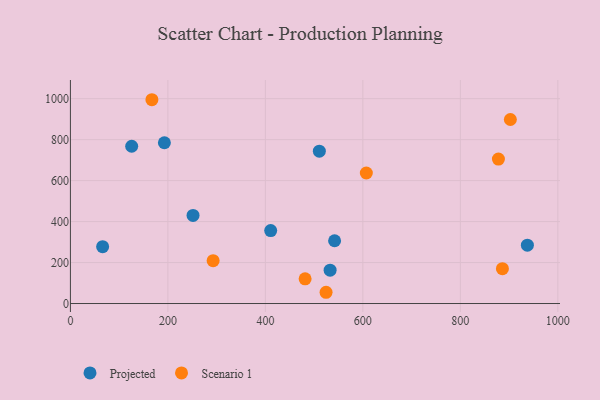
{"axis": {"x": "Investment", "y": "Yield"}, "legend": ["Projected", "Scenario 1"], "data": [{"x": "542.0", "y": 306.4, "type": "Projected"}, {"x": "251.6", "y": 430.1, "type": "Projected"}, {"x": "66.1", "y": 277.6, "type": "Projected"}, {"x": "192.8", "y": 784.7, "type": "Projected"}, {"x": "410.9", "y": 356.3, "type": "Projected"}, {"x": "937.5", "y": 285.0, "type": "Projected"}, {"x": "510.7", "y": 743.6, "type": "Projected"}, {"x": "125.7", "y": 767.6, "type": "Projected"}, {"x": "532.8", "y": 162.6, "type": "Projected"}, {"x": "524.5", "y": 54.9, "type": "Scenario 1"}, {"x": "292.8", "y": 209.2, "type": "Scenario 1"}, {"x": "607.1", "y": 637.1, "type": "Scenario 1"}, {"x": "167.2", "y": 994.8, "type": "Scenario 1"}, {"x": "481.5", "y": 120.5, "type": "Scenario 1"}, {"x": "878.1", "y": 705.3, "type": "Scenario 1"}, {"x": "902.6", "y": 898.2, "type": "Scenario 1"}, {"x": "886.3", "y": 170.1, "type": "Scenario 1"}]}